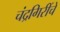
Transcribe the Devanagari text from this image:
चंद्रगिरींचे